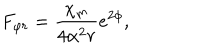
F _ { \varphi r } = \frac { \chi _ { \mathrm { m } } } { 4 \alpha ^ { 2 } r } e ^ { 2 \phi } ,